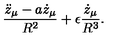
{ \frac { \ddot { z } _ { \mu } - a \dot { z } _ { \mu } } { R ^ { 2 } } } + \epsilon { \frac { \dot { z } _ { \mu } } { R ^ { 3 } } } .